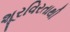
શૂરવિરતાથી